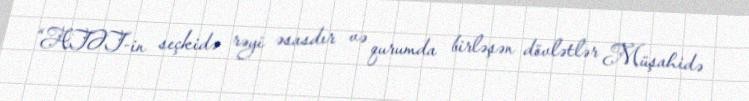
“ATƏT-in seçkidə rəyi əsasdır və qurumda birləşən dövlətlər Müşahidə